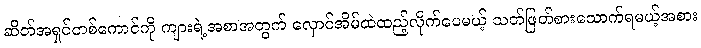
ဆိတ်အရှင်တစ်ကောင်ကို ကျားရဲ့အစာအတွက် လှောင်အိမ်ထဲထည့်လိုက်ပေမယ့် သတ်ဖြတ်စားသောက်ရမယ့်အစား